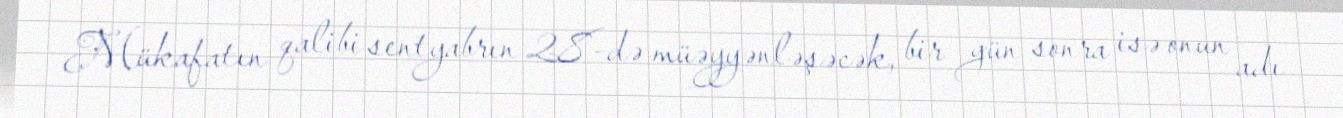
Mükafatın qalibi sentyabrın 28-də müəyyənləşəcək, bir gün sonra isə onun adı